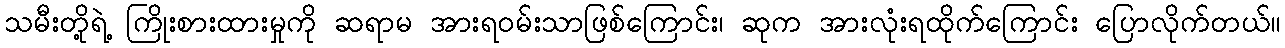
သမီးတို့ရဲ့ ကြိုးစားထားမှုကို ဆရာမ အားရဝမ်းသာဖြစ်ကြောင်း၊ ဆုက အားလုံးရထိုက်ကြောင်း ပြောလိုက်တယ်။